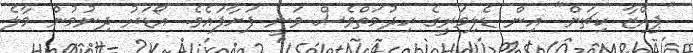
"ޕިއްޒާ ކިޗަން" އިން ޑެލިވަރީގެ ހިދުމަތްވެސް ވަނީ ފަށާފައެވެ. އޯޑަރު ދިނުމުން މާލެ